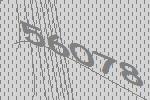
56078